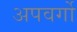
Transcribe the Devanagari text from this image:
अपवर्गो